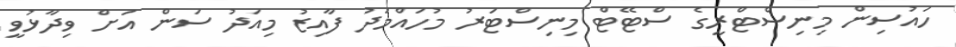
ހައުސިން މިނިސްޓްރީގެ ސްޓޭޓް މިނިސްޓަރު މުހައްމަދު ފާއިޒު މިއަދު ސަން އަށް ވިދާޅުވީ